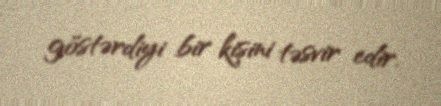
göstərdiyi bir kişini təsvir edir.